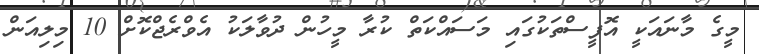
މީގެ މާނައަކީ އޮފީސްތަކުގައި މަސައްކަތް ކުރާ މީހުން ދުވާލަކު އެވްރެޖްކޮށް 10 މިލިއަން